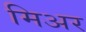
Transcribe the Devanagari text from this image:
मिअर